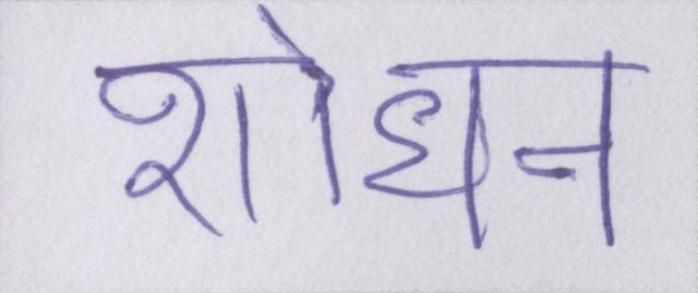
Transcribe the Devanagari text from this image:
शोधन